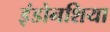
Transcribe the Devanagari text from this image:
इंडोनशिया